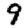
Digit: 9